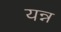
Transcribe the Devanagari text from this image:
यन्न